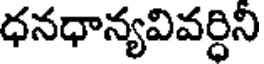
ధనధాన్యవివర్ధిని